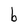
Character: b